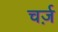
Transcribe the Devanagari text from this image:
चर्ज़